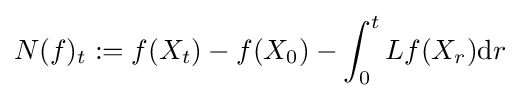
N(f)_{t}:=f(X_{t})-f(X_{0})-\int _{0}^{t}Lf(X_{r})\mathrm {d} r